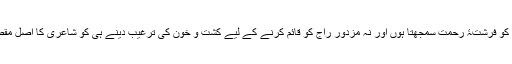
نہ تو میں مزدور کو فرشتۂ رحمت سمجھتا ہوں اور نہ مزدور راج کو قائم کرنے کے لیے کشت و خون کی ترغیب دینے ہی کو شاعری کا اصل مقصد قرار دیتا ہوں۔